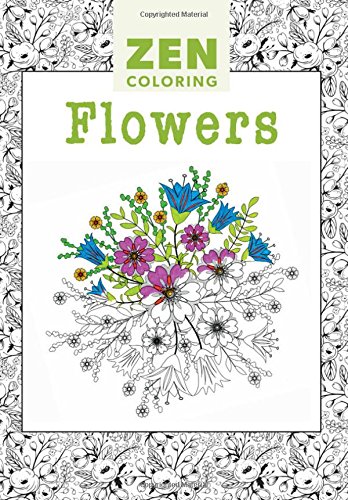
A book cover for Zen Coloring - Flowers; Editors of GMC; Crafts, Hobbies & Home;